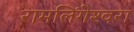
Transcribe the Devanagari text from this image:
रामलिंगेश्‍वरा